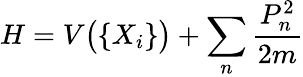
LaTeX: H=V{\bigl(}\{ X_{i}\} {\bigr)}+\sum_{n}{\frac{P_{n}^{2}}{2m}}